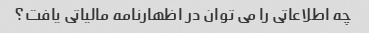
چه اطلاعاتی را می توان در اظهارنامه مالیاتی یافت؟